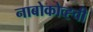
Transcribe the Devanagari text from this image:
नाबोकोव्ह्ची